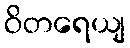
ဝိတရေယျ